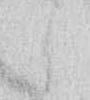
候